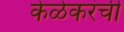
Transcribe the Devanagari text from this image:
केळेकरंची